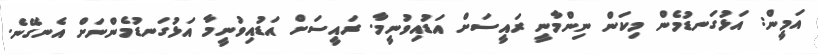
އަމީން: އަޅުގަނޑުމެން މިކަން ނިންމާނީ ރައީސަށް އަޑުއިވުނީމާ. ރައީސަށް އަޑުއިވުނީމާ އަޅުގަނޑުމެންނަށް އެނގޭނެ.